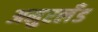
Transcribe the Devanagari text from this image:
अमुरलँंड